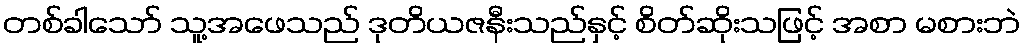
တစ်ခါသော် သူ့အဖေသည် ဒုတိယဇနီးသည်နှင့် စိတ်ဆိုးသဖြင့် အစာ မစားဘဲ